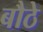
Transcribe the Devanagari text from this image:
बौठे